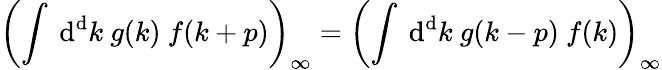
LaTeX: \left(\int\ \mathrm{d}^{\mathrm{d}}k\ g(k)\ f(k+p)\right)_{\infty}=\left(\int\ \mathrm{d}^{\mathrm{d}}k\ g(k-p)\ f(k)\right)_{\infty}